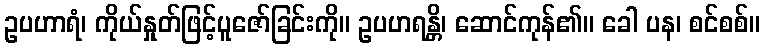
ဥပဟာရံ၊ ကိုယ်နှုတ်ဖြင့်ပူဇော်ခြင်းကို။ ဥပဟရန္တိ၊ ဆောင်ကုန်၏။ ခေါ ပန၊ စင်စစ်။